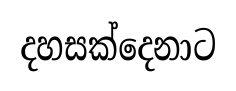
දහසක්දෙනාට